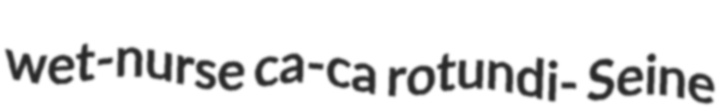
wet-nurse ca-ca rotundi- Seine